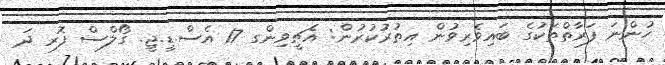
ހުންނަ ފަރާތްތަކުގެ ބައިވެރިވުން އިތުރުކުރުން: އެޗީވިންގ 17 އެސް.ޑީ.ޖީ. ގޯލްސް ފޮރ ދަ